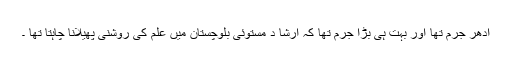
ادھر جرم تھا اور بہت ہی بڑا جرم تھا کہ ارشا د مستوئی بلوچستان میں علم کی روشنی پھیلانا چاہتا تھا ۔